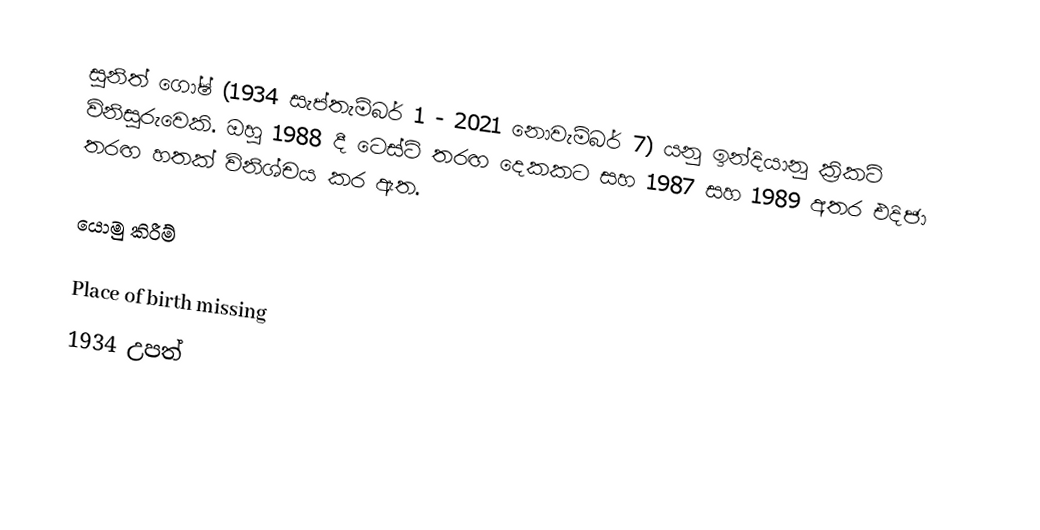
සුනිත් ගෝෂ් (1934 සැප්තැම්බර් 1 - 2021 නොවැම්බර් 7) යනු ඉන්දියානු ක්‍රිකට් විනිසුරුවෙකි. ඔහු 1988 දී ටෙස්ට් තරඟ දෙකකට සහ 1987 සහ 1989 අතර එදිජා තරඟ හතක් විනිශ්චය කර ඇත.

යොමු කිරීම්

Place of birth missing
1934 උපත්